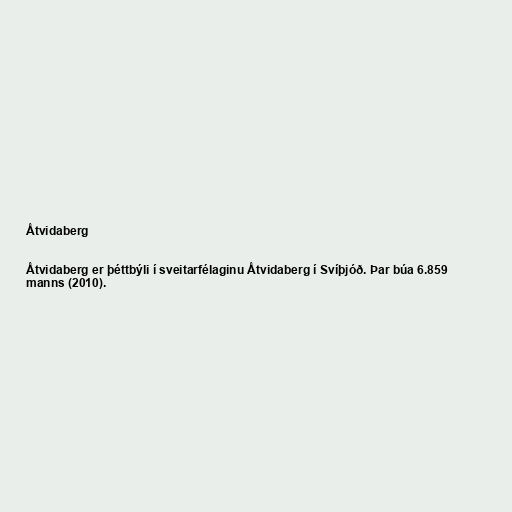
Åtvidaberg

Åtvidaberg er þéttbýli í sveitarfélaginu Åtvidaberg í Svíþjóð. Þar búa 6.859
manns (2010).